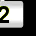
Digit: 2